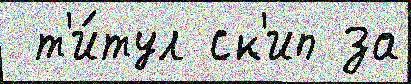
 т'и́тул ск'ип за